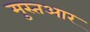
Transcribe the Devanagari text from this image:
मुस्तआर